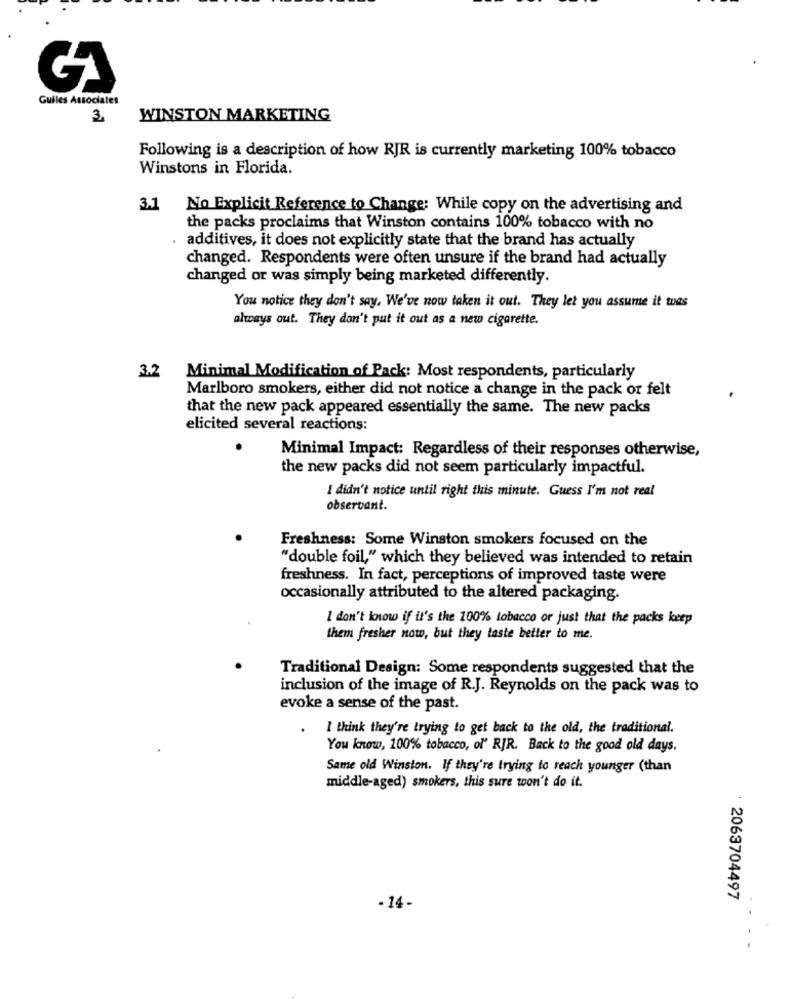
Guiles Associates
3.
WINSTON MARKETING
Following is a description of how RJR is currently marketing 100% tobacco
Winstons in Florida.
3.1
No Explicit Reference to Change: While copy on the advertising and
the packs proclaims that Winston contains 100% tobacco with no
additives, it does not explicitly state that the brand has actually
changed. Respondents were often unsure if the brand had actually
changed or was simply being marketed differently.
You notice they don't say, We've now taken it out. They let you assume it was
always out. They don't put it out as a new cigarette.
3.2
Minimal Modification of Pack: Most respondents, particularly
Marlboro smokers, either did not notice a change in the pack or felt
that the new pack appeared essentially the same. The new packs
elicited several reactions:
Minimal Impact: Regardless of their responses otherwise,
the new packs did not seem particularly impactful.
I didn't notice until right this minute. Guess I'm not real
observant.
Freshness: Some Winston smokers focused on the
"double foil," which they believed was intended to retain
freshness. In fact, perceptions of improved taste were
occasionally attributed to the altered packaging.
I don't know if it's the 100% tobacco or just that the packs keep
them fresher now, but they taste better to me.
Traditional Design: Some respondents suggested that the
inclusion of the image of R.J. Reynolds on the pack was to
evoke a sense of the past.
I think they're trying to get back to the old, the traditional.
You know, 100% tobacco, of' RJR. Back to the good old days.
Same old Winston. If they're trying to reach younger (than
middle-aged) smokers, this sure won't do it.
2063704497
- 14-
. .